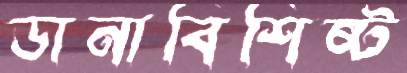
ডানাবিশিষ্ট